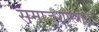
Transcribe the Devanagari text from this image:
समाजशास्त्रावर